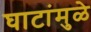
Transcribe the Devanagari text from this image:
घाटांमुळे